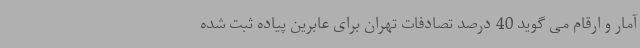
آمار و ارقام می گوید 40 درصد تصادفات تهران برای عابرین پیاده ثبت شده